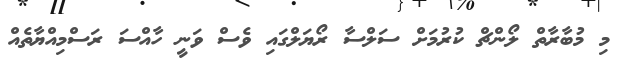
މި މުބާރާތް ލޯންޗް ކުރުމަށް ސަލްސާ ރޯޔަލްގައި ވެސް ވަނީ ހާއްސަ ރަސްމިއްޔާތެއް